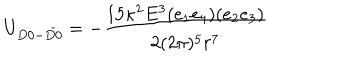
LaTeX: U _ { D 0 - \bar { D 0 } } = - \frac { 1 5 \kappa ^ { 2 } E ^ { 3 } ( e _ { 1 } e _ { 4 } ) ( e _ { 2 } e _ { 3 } ) } { 2 ( 2 \pi ) ^ { 5 } r ^ { 7 } }